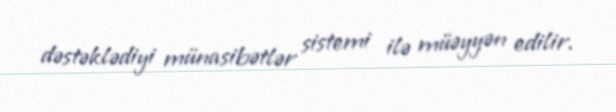
dəstəklədiyi münasibətlər sistemi ilə müəyyən edilir.